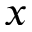
x